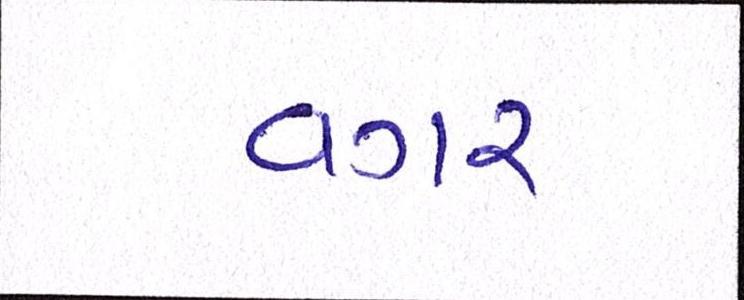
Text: વગર